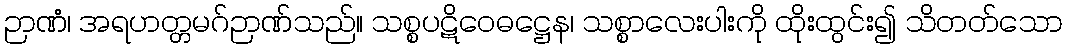
ဉာဏံ၊ အရဟတ္တမဂ်ဉာဏ်သည်။ သစ္စပဋိဝေဓဋ္ဌေန၊ သစ္စာလေးပါးကို ထိုးထွင်း၍ သိတတ်သော